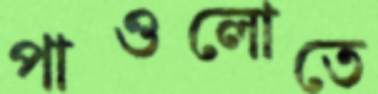
পাওলোতে